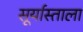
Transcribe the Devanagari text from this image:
सूर्यास्ताला